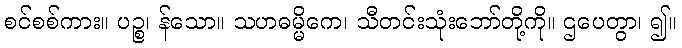
စင်စစ်ကား။ ပဉ္စ၊ န်သော။ သဟဓမ္မိကေ၊ သီတင်းသုံးဘော်တို့ကို။ ဌပေတွာ၊ ၍။